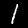
Digit: 1